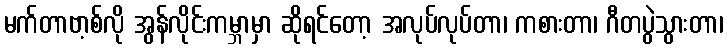
မက်တာဗာ့စ်လို အွန်လိုင်းကမ္ဘာမှာ ဆိုရင်တော့ အလုပ်လုပ်တာ၊ ကစားတာ၊ ဂီတပွဲသွားတာ၊